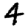
Digit: 4